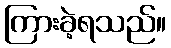
ကြားခဲ့ရသည်။